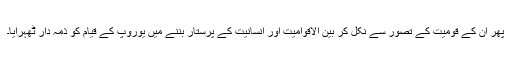
پھر ان کے قومیت کے تصور سے نکل کر بین الاقوامیت اور انسانیت کے پرستار بننے میں یوروپ کے قیام کو ذمہ دار ٹھہرایا۔